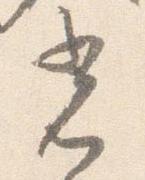
光